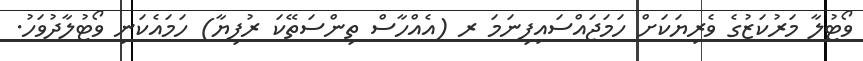
ވޯޓުލާ މަރުކަޒުގެ ވެރިޔަކަށް ހަމަޖައްސައިފިނަމަ ރ (އެއްހާސް ތިންސަތޭކަ ރުފިޔާ) ހަމައެކަނި ވޯޓުލާދުވަހު.